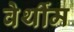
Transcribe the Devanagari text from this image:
वेर्थीम